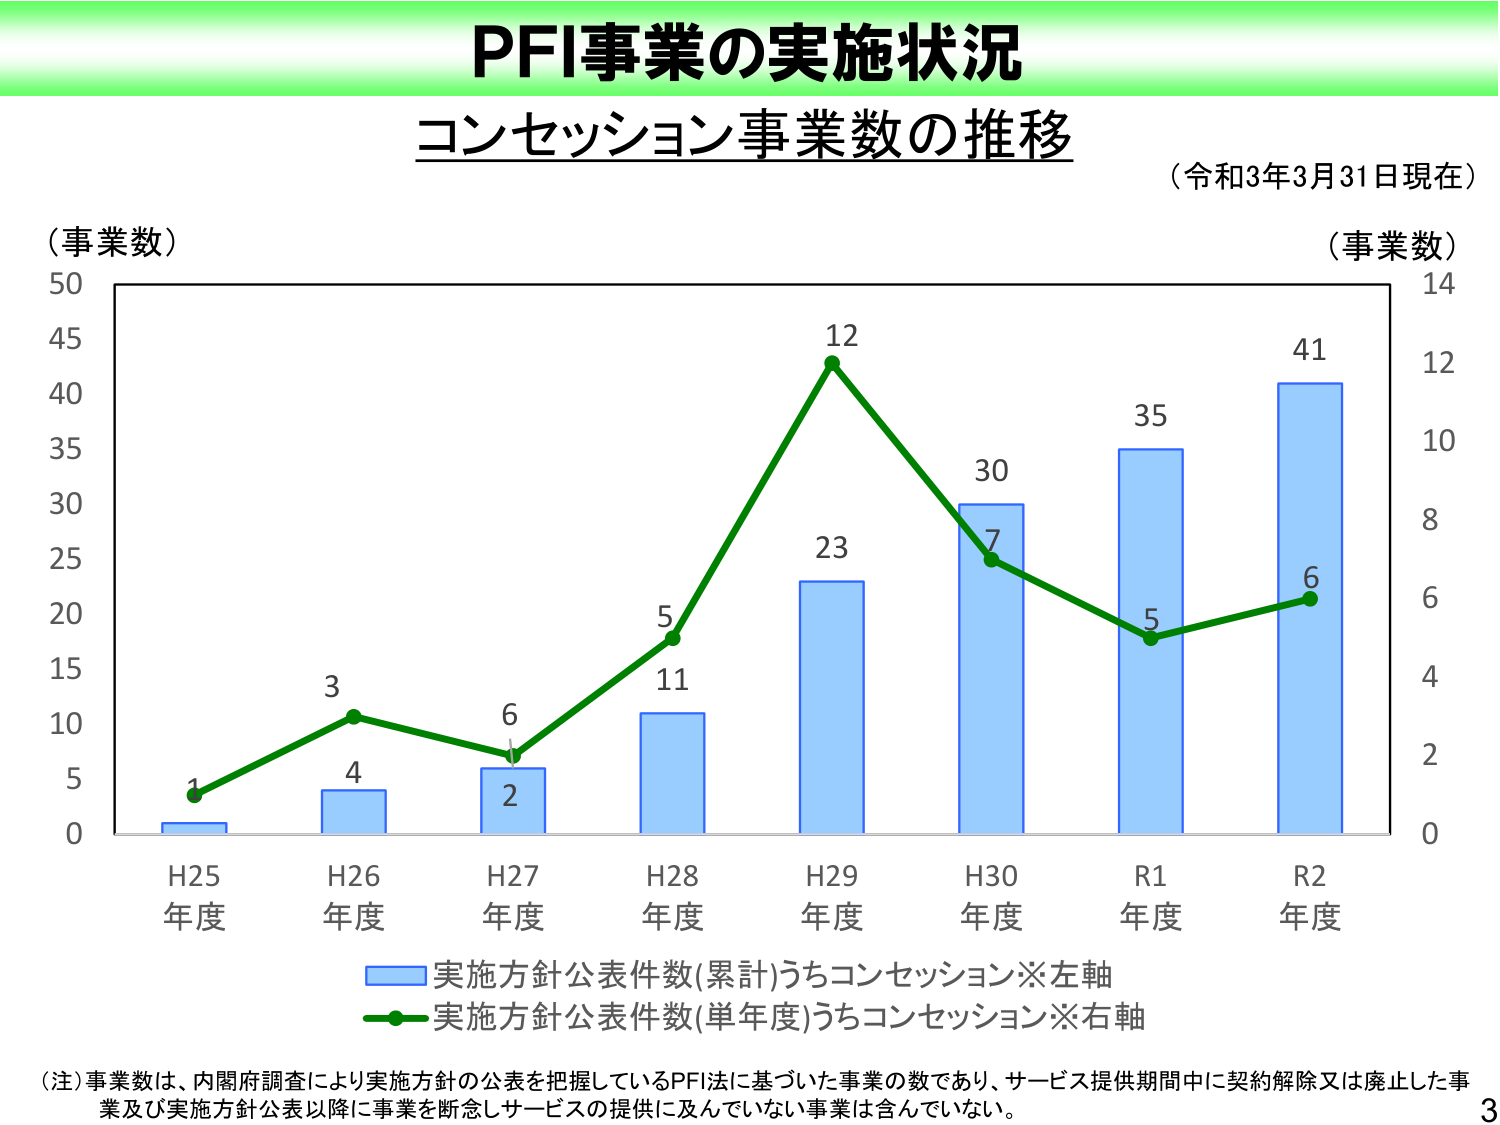
PFI事業の実施状況
コンセッション事業数の推移
（令和3年3月31日現在）
（事業数）
50
45
40
35
30
25
20
15
10
5
0
H25
年度
H26
年度
H27
年度
H28
年度
H29
年度
H30
年度
R1
年度
R2
年度
1
3
6
5
12
7
5
6
4
2
11
23
30
35
41
（事業数）
14
12
10
8
6
4
2
0
■ 実施方針公表件数(累計)うちコンセッション※左軸
■ 実施方針公表件数(単年度)うちコンセッション※右軸
（注）事業数は、内閣府調査により実施方針の公表を把握しているPFI法に基づいた事業の数であり、サービス提供期間中に契約解除又は廃止した事業及び実施方針公表以降に事業を断念しサービスの提供に及んでいない事業は含んでいない。
3